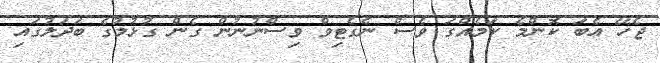
ޖެހޭ އެބަ ކޮންމެ ކަމެއްގަ ވެސް ނެގެޓިވް ވިސްނުނުން ގެން ގުޅުމުގެ ބަދަލުގައި